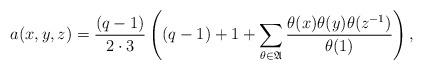
LaTeX: \begin{align*}a(x,y,z)=\frac{(q-1)}{2\cdot3}\left((q-1)+1+\sum\limits_{\theta\in \mathfrak{A}} \frac{\theta(x)\theta(y)\theta(z^{-1})}{\theta(1)}\right),\end{align*}